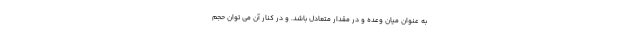
به عنوان میان وعده و در مقدار متعادل باشد. و در کنار آن می توان حجم